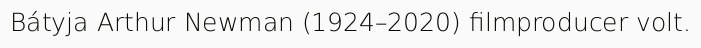
Bátyja Arthur Newman (1924–2020) filmproducer volt.